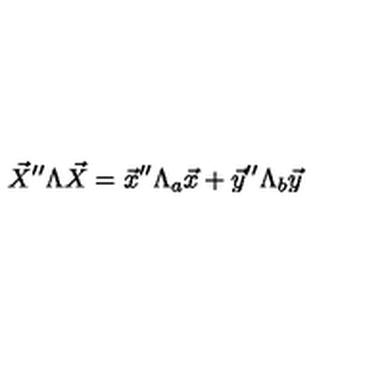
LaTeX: \vec { X } ^ { \prime \prime } \Lambda \vec { X } = \vec { x } ^ { \prime \prime } \Lambda _ { a } \vec { x } + \vec { y } ^ { \prime \prime } \Lambda _ { b } \vec { y }